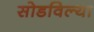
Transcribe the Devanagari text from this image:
सोडविल्या